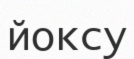
йоксу